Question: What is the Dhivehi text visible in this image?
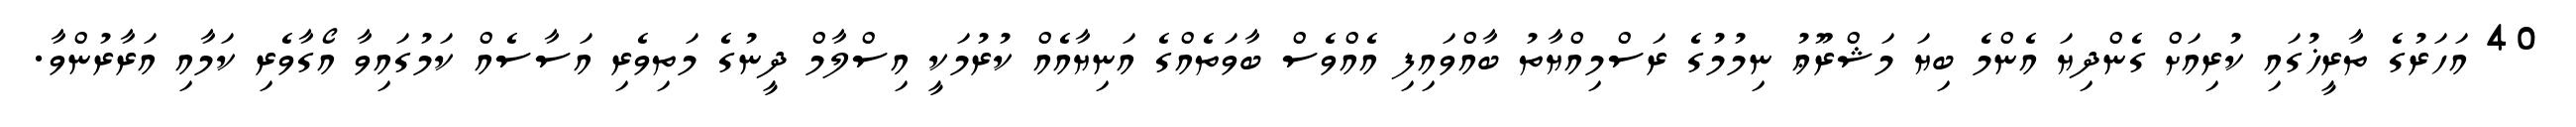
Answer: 40 އަހަރުގެ ތާރީޚުގައި ކުރިއަށް ގެންދިޔަ އެންމެ ބިޔަ މަޝްރޫޢު ނިމުމުގެ ރަސްމިއްޔާތު ބާއްވައިފި އެއްވެސް ބާވަތެއްގެ އަނިޔާއެއް ކުރުމަކީ އިސްލާމް ދީނުގެ މަތިވެރި އަސާސެއް ކަމުގައިވާ އޯގާވެރި ކަމާއި އަރާރުންވާ.